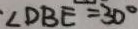
\angle D B E = 3 0 ^ { \circ }